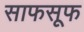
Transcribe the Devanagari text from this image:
साफसूफ